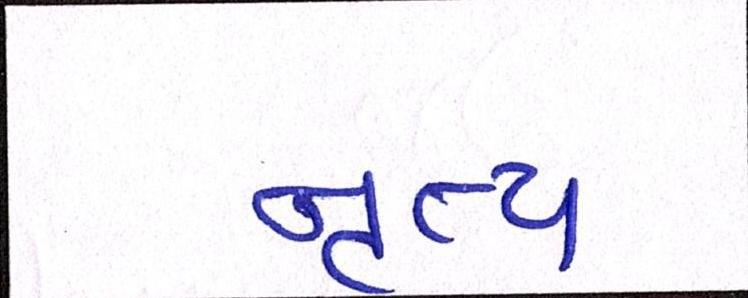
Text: નૃત્ય